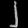
Digit: ၂